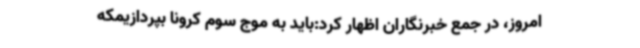
امروز، در جمع خبرنگاران اظهار کرد:باید به موج سوم کرونا بپردازیمکه